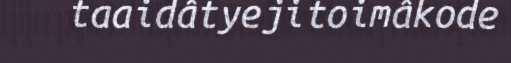
taaidâtyejitoimâkode